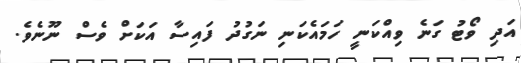
އަދި ވޯޓު ގަނެ ވިއްކަނީ ހަމައެކަނި ނަގުދު ފައިސާ އަކަށް ވެސް ނޫނެވެ.